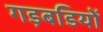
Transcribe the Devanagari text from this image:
गड़बडियों